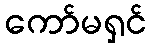
ကော်မရှင်